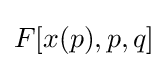
F[x(p),p,q]